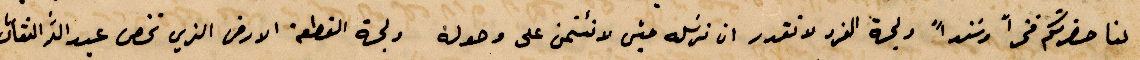
لنا حضرتكم فخرًا وسندًا ولجهة الفرد لا تقدر ان ترسله حتى لا يئتمن على وصوله ولجهة القطعة الأرض التي تخص عبد الله النقاش